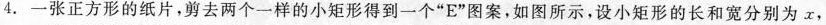
4.一张正方形的纸片，剪去两个一样的小矩形得到一个”E”图案，如图所示，设小矩形的长和宽分别为x，